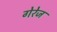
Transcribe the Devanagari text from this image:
गेरेज